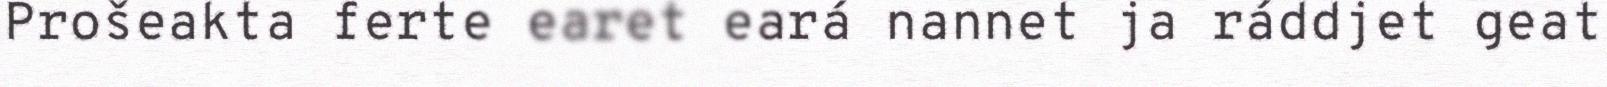
Prošeakta ferte earet eará nannet ja ráddjet geat